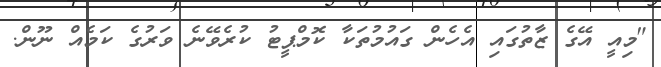
"މިއީ އޭގެ ޒާތުގައި އެހެން ގައުމުތަކާ ކޮމްޕީޓު ކުރެވޭނެ ވަރުގެ ކަމެއް ނޫން.